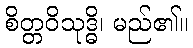
စိတ္တဝိသုဒ္ဓိ၊ မည်၏။